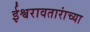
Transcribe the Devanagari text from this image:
ईश्वरावतारांच्या